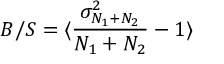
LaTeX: B / S = \langle { \frac { \sigma _ { N _ { 1 } + N _ { 2 } } ^ { 2 } } { N _ { 1 } + N _ { 2 } } } - 1 \rangle